Report on lock hospitals in British Burma
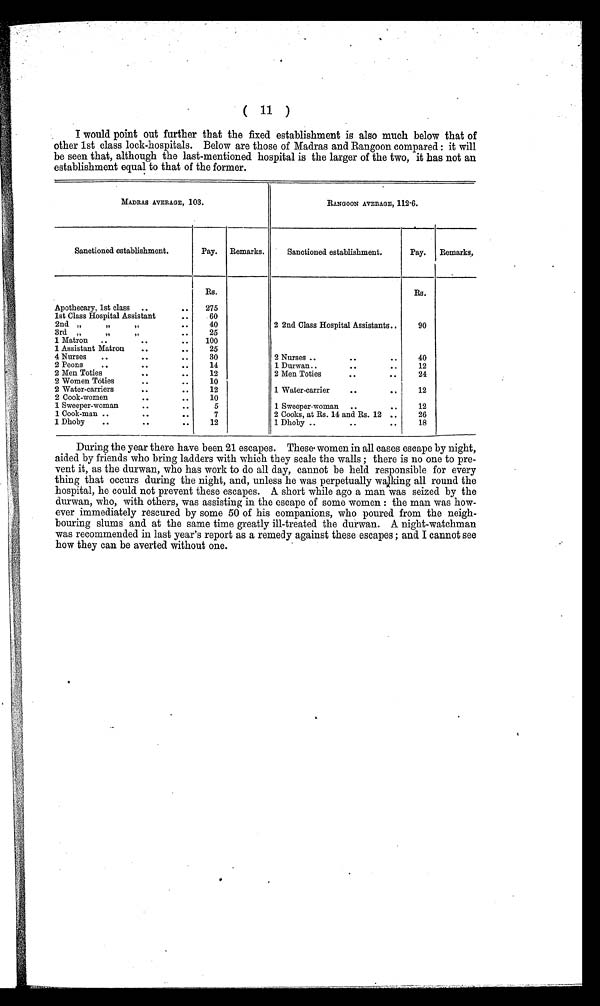
( 11 )
I would point out further that the fixed establishment is also much below that of
other 1st class lock-hospitals. Below are those of Madras and Rangoon compared : it will
be seen that, although the last-mentioned hospital is the larger of the two, it has not an
establishment equal to that of the former.
MADRAS AVERAGE, 103.
RANGOON AVERAGE, 112·6.
Sanctioned establishment.
Pay.
Remarks.
Sanctioned establishment.
Pay.
Remarks,
Rs.
Rs.
Apothecary, 1st class
..
..
275
2 2nd Class Hospital Assistants..
90
1st Class Hospital Assistant
..
60
2nd „
,,
,,
..
40
3rd „
,,
,,
..
25
2 Nurses ..
..
..
40
1 Matron
..
. .
..
100
1 Assistant Matron
..
..
25
4 Nurses
..
. .
..
30
2 Peons
..
. .
..
14
1 Durwan..
.. ..
12
2 Men Toties
. .
..
12
2 Men Toties
..
..
24
2 Women Toties
..
..
10
1 Water-carrier
.. ..
12
2 Water-carriers
. .
..
12
2 Cook-women
. .
..
10
12
1 Sweeper-woman
..
..
1 Sweeper-woman
..
..
5
1 Cook-man ..
. .
..
7
2 Cooks, at Rs. 14 and Rs. 12 ..
26
1 Dhoby
..
. .
..
12
1 Dhoby ..
.. ..
18
During the year there have been 21 escapes. These. women in all cases escape by night,
aided by friends who bring ladders with which they scale the walls ; there is no one to pre-
vent it, as the durwan, who has work to do all day, cannot be held responsible for every
thing that occurs during the night, and, unless he was perpetually walking all round the
hospital, he could not prevent these escapes. A short while ago a man was seized by the
durwan, who, with others, was assisting in the escape of some women : the man was how-
ever immediately rescured by some 50 of his companions, who poured from the neigh-
bouring slums and at the same time greatly ill-treated the durwan. A night-watchman
was recommended in last year's report as a remedy against these escapes ; and I cannot see
how they can be averted without one.